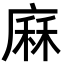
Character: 𢊆